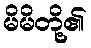
မိမိတို့၏